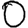
Digit: 0